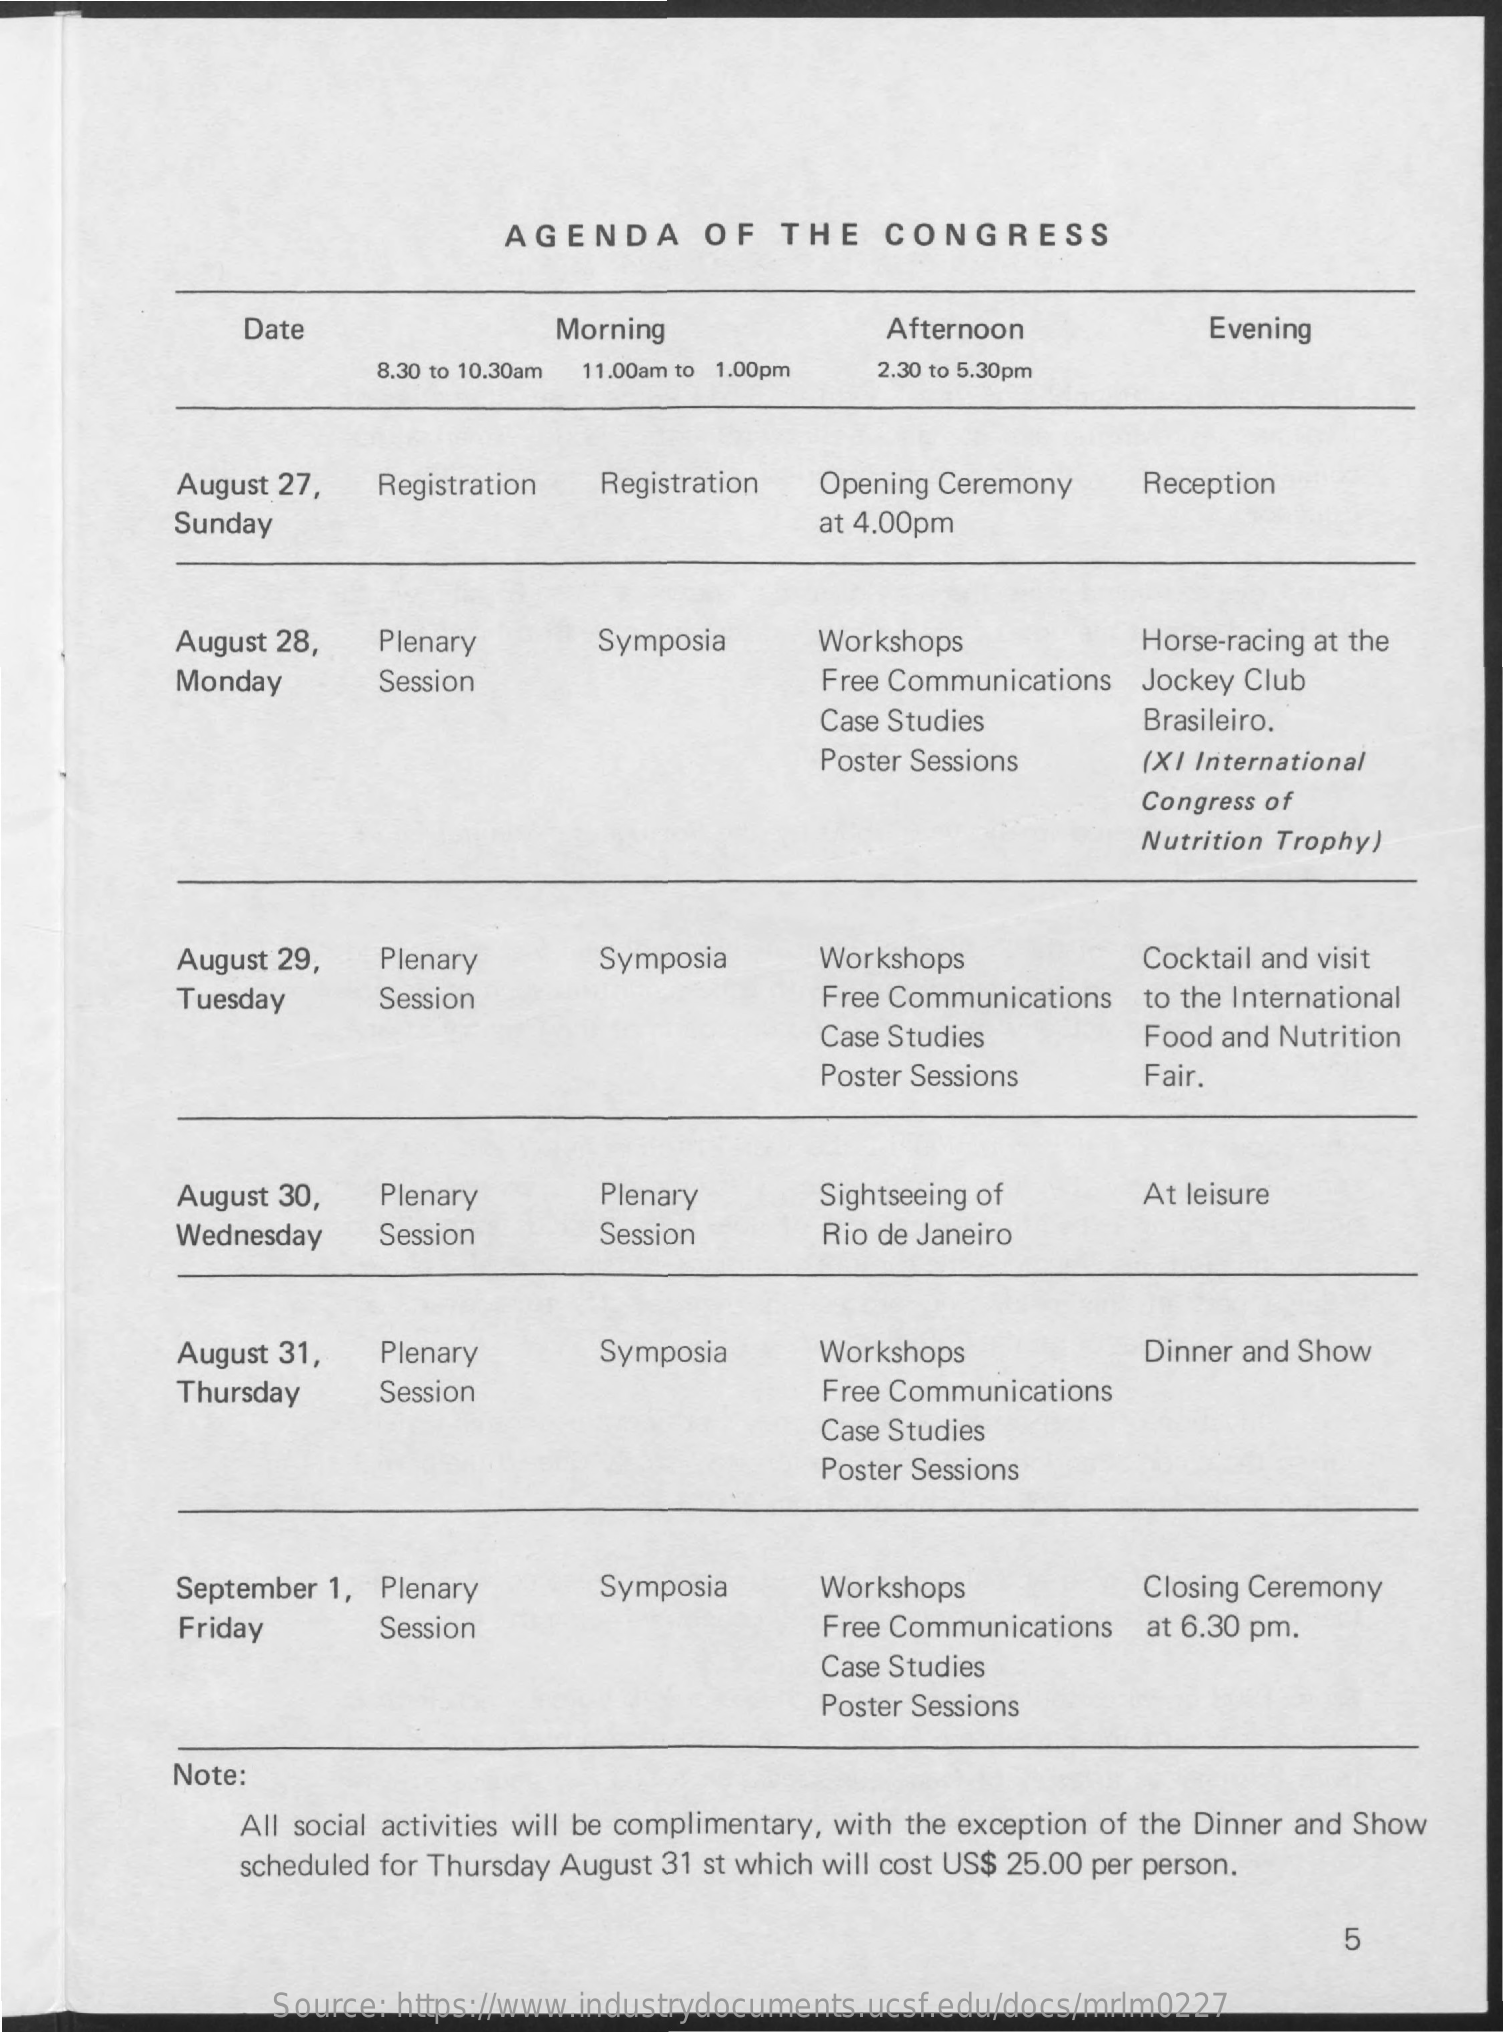
AGENDA    OF   THE    CONGRESS
     Date    Morning    Afternoon    Evening
     8.30 to 10.30am 11.00am to 1.00pm 2.30 to 5.30pm
     August 27,  Registration  Registration  Opening Ceremony    Reception
     Sunday    at 4.00pm
     August 28,   Plenary    Symposia    Workshops    Horse-racing at the
     Monday    Session    Free Communications Jockey Club
     Case Studies    Brasileiro.
     Poster Sessions    (XI International
     Congress of
     Nutrition Trophy)
     August 29,   Plenary    Symposia    Workshops    Cocktail and visit
     Tuesday    Session    Free Communications to the International
     Case Studies    Food and Nutrition
     Poster Sessions    Fair.
     August 30,   Plenary    Plenary    Sightseeing of    At leisure
     Wednesday    Session    Session    Rio de Janeiro
     August 31,   Plenary    Symposia    Workshops    Dinner and Show
     Thursday    Session    Free Communications
     Case Studies
     Poster Sessions
     September 1, Plenary    Symposia    Workshops    Closing Ceremony
     Friday    Session    Free Communications at 6.30 pm.
     Case Studies
     Poster Sessions
     Note:
     All social activities will be complimentary, with the exception of the Dinner and Show
     scheduled for Thursday August 31 st which will cost US$ 25.00 per person.
     5
     Source: https://www.industrydocuments.ucsf.edu/docs/mrlm0227